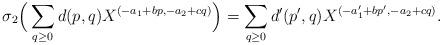
LaTeX: \begin{align*}\sigma_2\Big(\sum_{q\ge0} d(p,q)X^{(-a_1+bp,-a_2+cq)}\Big)=\sum_{q\ge0} d'(p',q)X^{(-a'_1+bp',-a_2+cq)}.\end{align*}